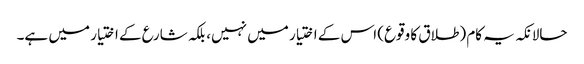
حالانکہ یہ کام (طلاق کا وقوع) اس کے اختیار میں نہیں، بلکہ شارع کے اختیار میں ہے۔